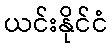
ယင်းနိုင်ငံ